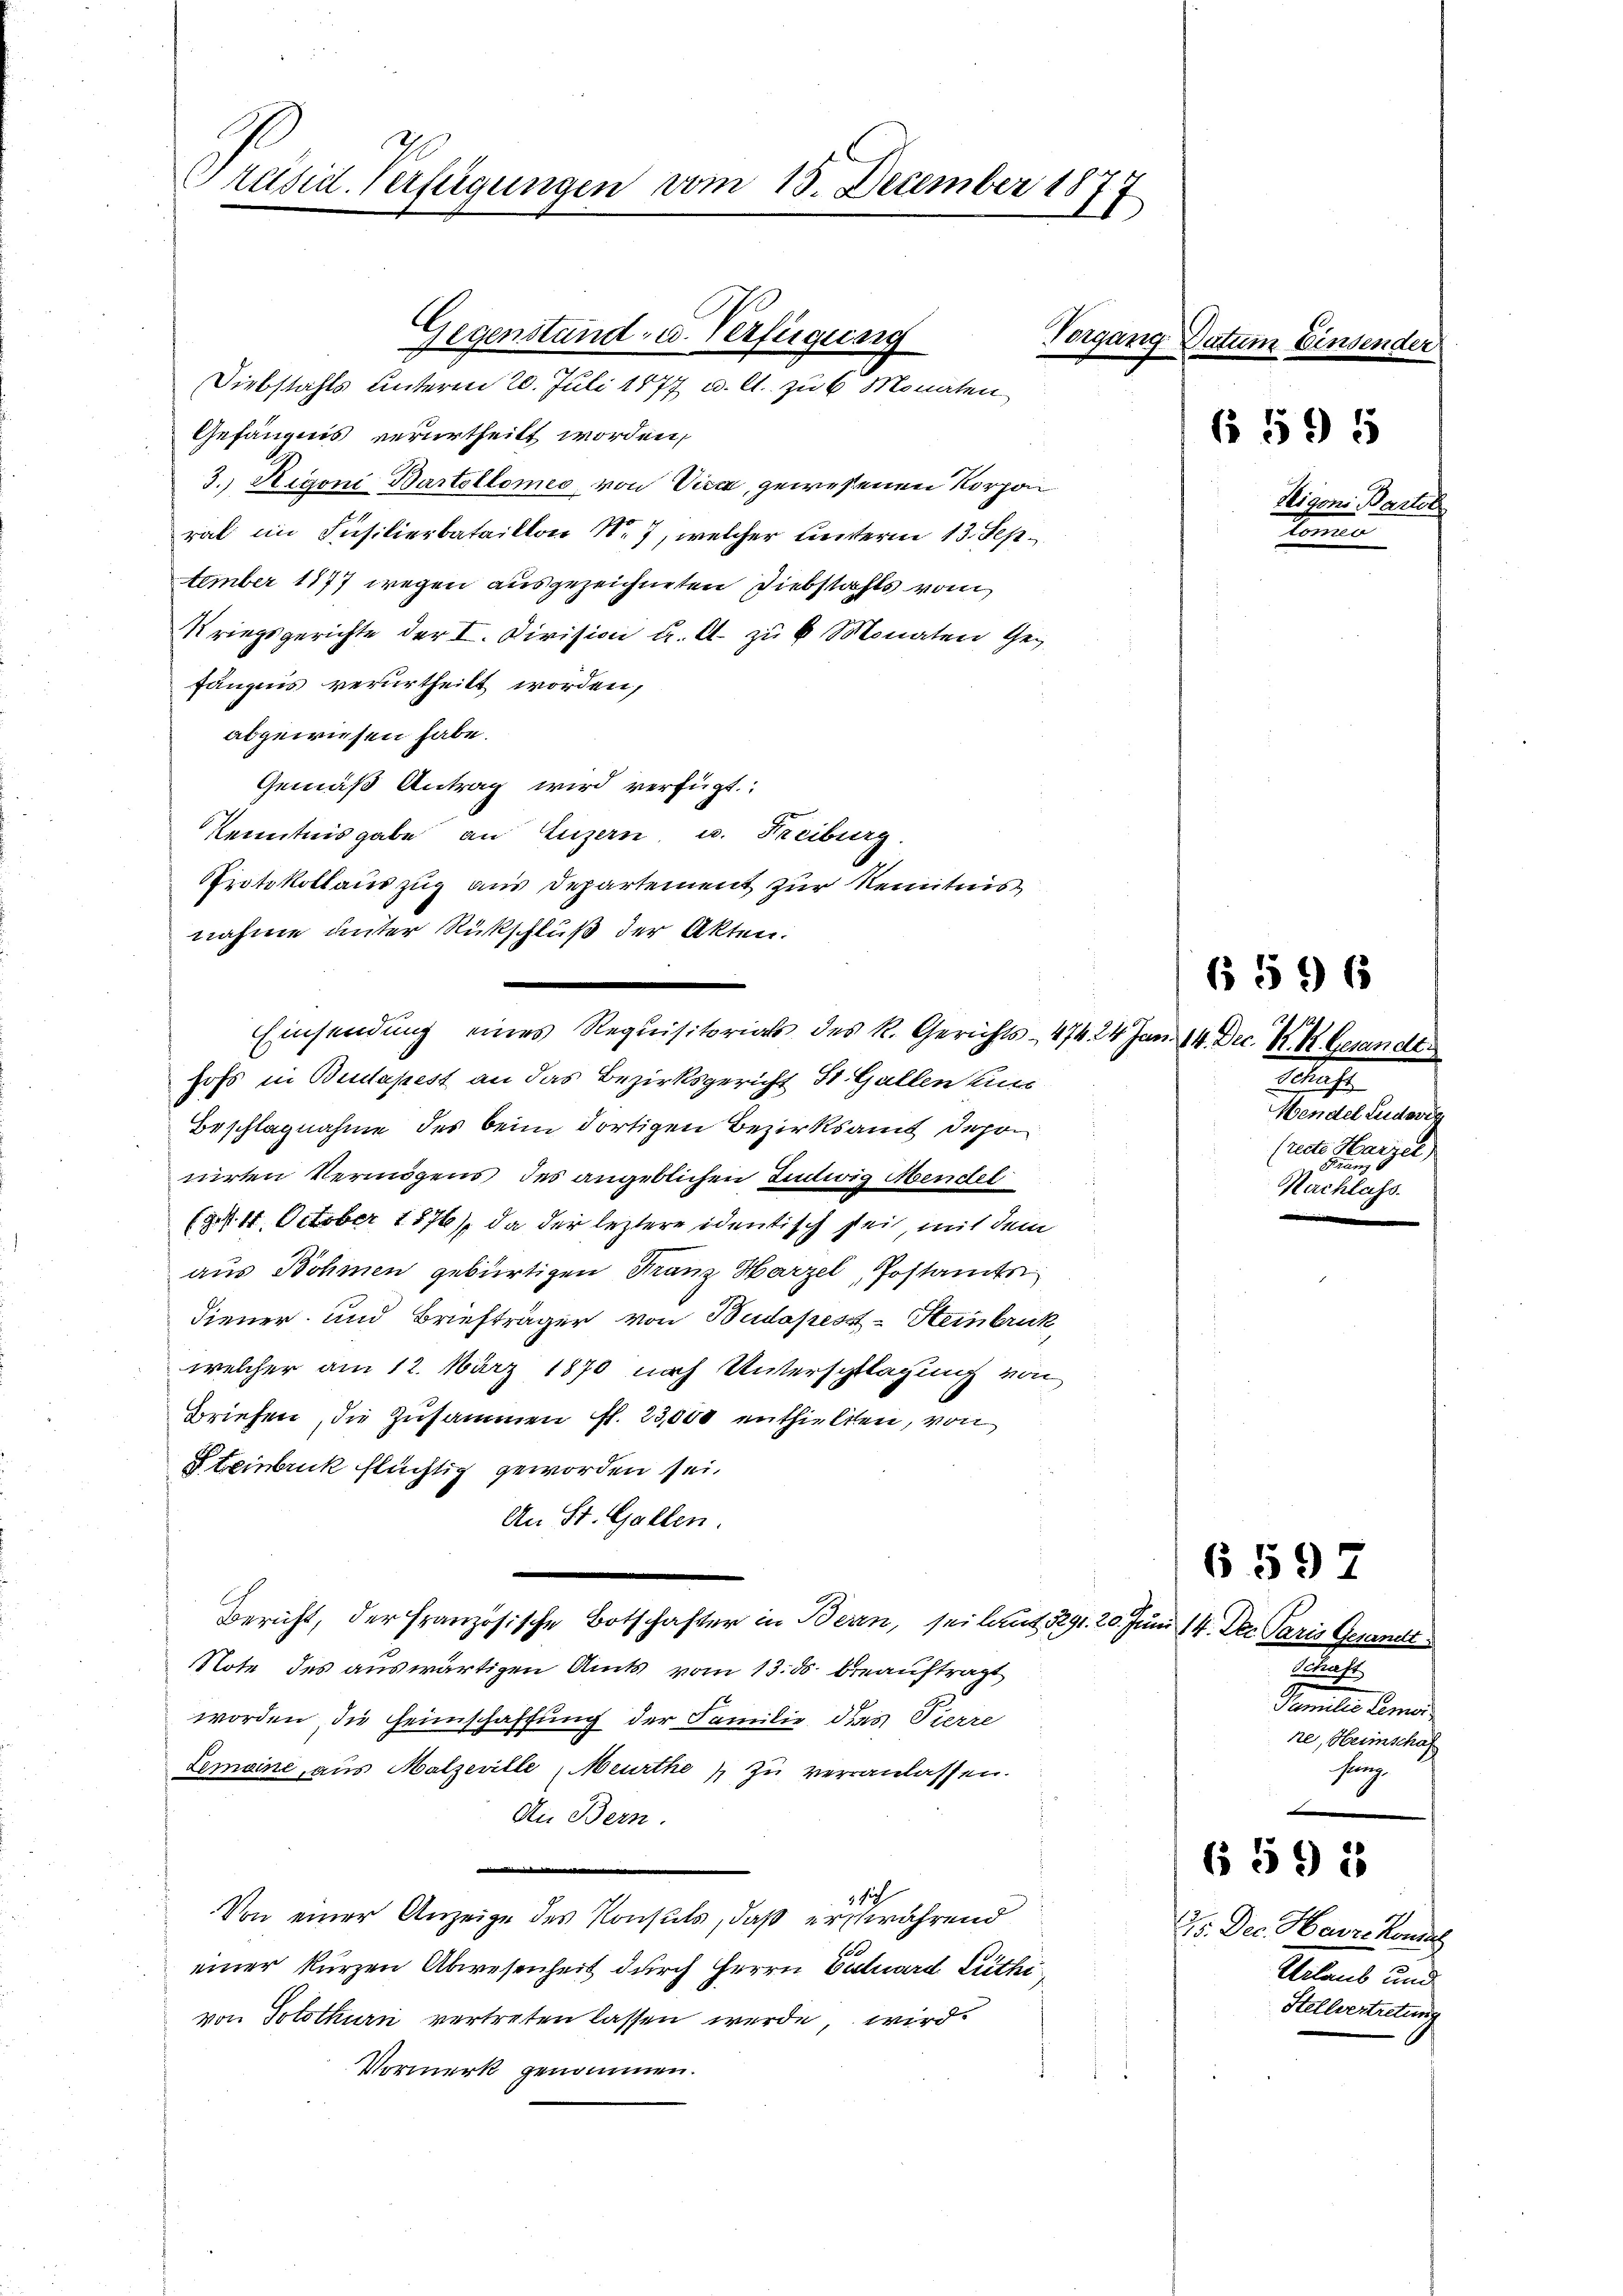
räsid-Verfügungen vom 15. December 18
E

Gegenstand, u. Verfügung
Diebstahls unterm 20. Juli 1877 u. lt. zu 6 Monaten

Gefängnis verurtheilt worden,
3. Rigoni, Bartollomeo von Vica, gewesenen Korpo
rat im Füsilierbataillon Nr. 7, welcher unterm 13. September 1877 wegen ausgezeichneten Diebstahls vom
Kriegsgerichte der I. Division u. A. zu 6 Monaten Gefängnis verurtheilt worden,
abgewiesen habe.
Gemäß Antrag wird verfügt:
Kenntnisgabe an Luzern, u. Freiburg.
Protokollauszug aus Departement zur Kenntnis
nahme unter Rückschluß der Akten.
hofs in Budapest an das Bezirksgericht St. Gallen Zusc
Beschlagnahme des beim dortigen Bezirksamt depon
nirten Vermögens des angeblichen Ludwig Mendel
(d. d. 4. October 1776), da der leztere identisch sei, mit dem
aus Böhmen gebürtigen Franz Harzel, Postamte
diener und Briefträger von Budapess-Steinbruck,
welcher am 12. März 1870 nach Unterschlagung von
Briefen, die Zusammen fl. 23,000 enthielten, von
Steinbruck flüchtig geworden sei.
An St. Gallen.
Bericht, der Französische Botschafter in Bern, sei laut 1291. 20. Juni 14. Dec. Paris Gesandt
Note des auswärtigen Amts vom 13. ds. beauftragt
worden, die Heimschaffung der Familie des Pierre
Lemaine aus Malzeville Meurthe zu veranlassen.
An Bern.
 sich
Von einer Anzeige des Konsuls, daß erschwährend
einer kurzen Abwesenheit durch Herrn Caluard Lüthi
von Solothurn vertreten lassen werde, wird
Vormerk genommen.

Einsendung eines Requisitorials des R. Gerichts- 474. 24 Jan. 14. Dec. N. K. Gesandt

Pergang

Datum Einsender

§ 595

596

Eligons Bartol
u
te

Strafe
Wendel Ludwig
(reute Heinigel
Nachlass

Das
Tamules kann,
re, Heimschaf
hung

6597

§ 59 18

25. Dec. Havre Konse
Utens und
Stellvertretung